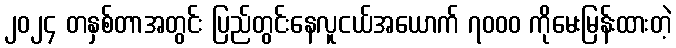
၂၀၂၄ တနှစ်တာအတွင်း ပြည်တွင်းနေလူငယ်အယောက် ၇၀၀၀ ကိုမေးမြန်းထားတဲ့